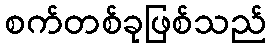
စက်တစ်ခုဖြစ်သည်